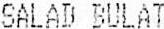
SALAD BULAT